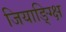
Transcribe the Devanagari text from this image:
जियाङ्ग्क्षि